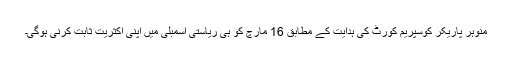
منوہر پاریکر کوسپریم کورٹ کی ہدایت کے مطابق 16 مارچ کو ہی ریاستی اسمبلی میں اپنی اکثریت ثابت کرنی ہوگی۔